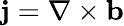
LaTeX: {\mathbf{j}}=\nabla\times{\mathbf{b}}